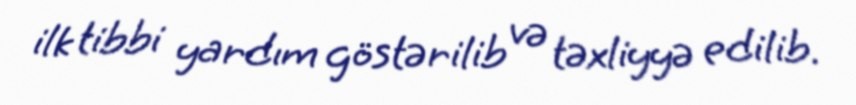
ilk tibbi yardım göstərilib və təxliyyə edilib.